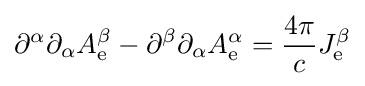
\partial ^{\alpha }\partial _{\alpha }A_{\mathrm {e} }^{\beta }-\partial ^{\beta }\partial _{\alpha }A_{\mathrm {e} }^{\alpha }={\frac {4\pi }{c}}J_{\mathrm {e} }^{\beta }